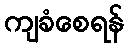
ကျခံစေရန်